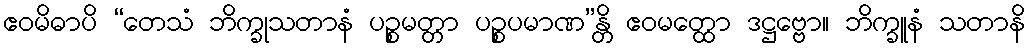
ဧဝမိဓာပိ “တေသံ ဘိက္ခုသတာနံ ပဉ္စမတ္တာ ပဉ္စပမာဏ”န္တိ ဧဝမတ္ထော ဒဋ္ဌဗ္ဗော။ ဘိက္ခူနံ သတာနိ